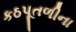
કઠપૂતળીના